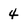
Character: 4